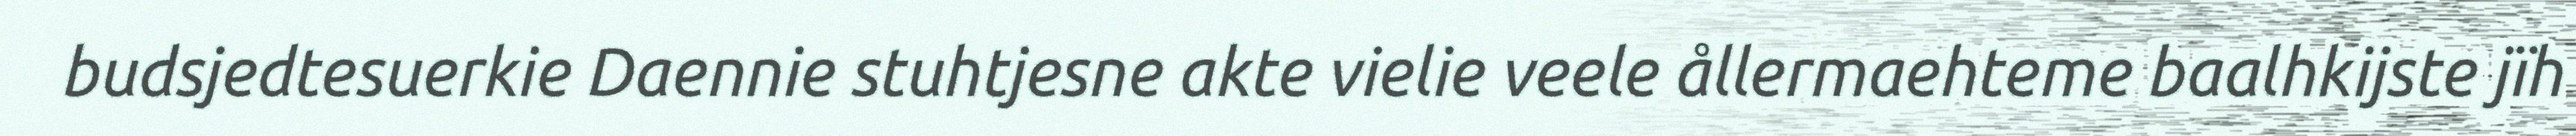
budsjedtesuerkie Daennie stuhtjesne akte vielie veele ållermaehteme baalhkijste jïh